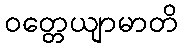
ဝတ္တေယျာမာတိ